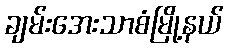
ချမ်းအေးသာစံမြို့နယ်